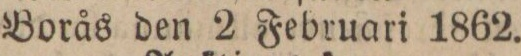
Borås den 2 Februari 1862.